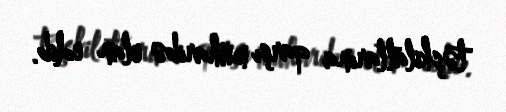
təşkilatlarına qarşı müharibə elan edib.